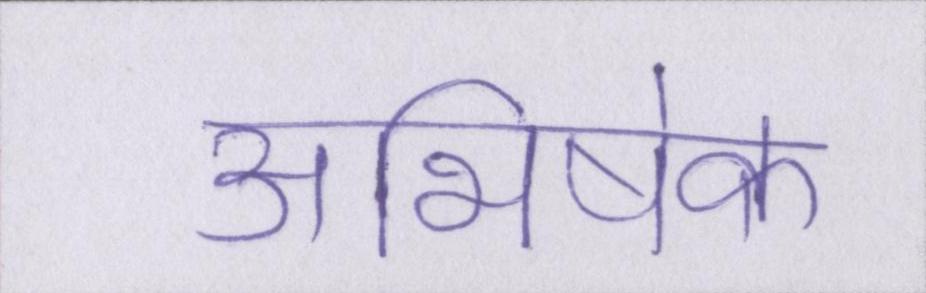
अभिषेक